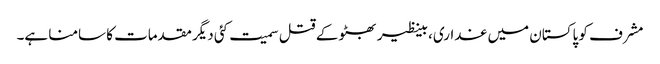
مشرف کو پاکستان میں غداری، بینظیر بھٹو کے قتل سمیت کئی دیگر مقدمات کا سامنا ہے۔